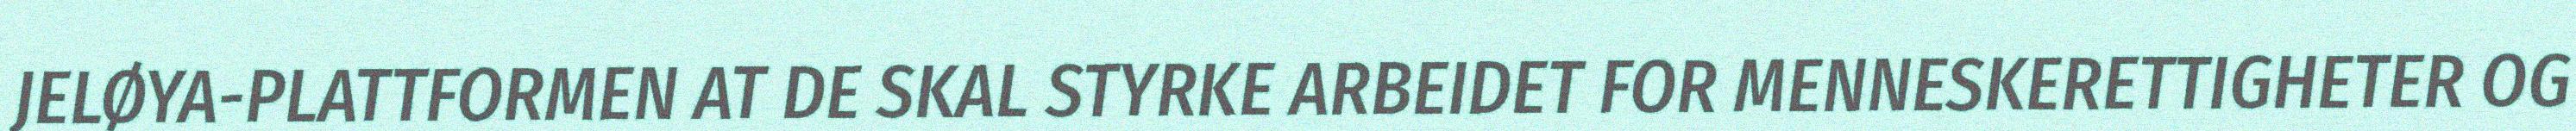
JELØYA-PLATTFORMEN AT DE SKAL STYRKE ARBEIDET FOR MENNESKERETTIGHETER OG